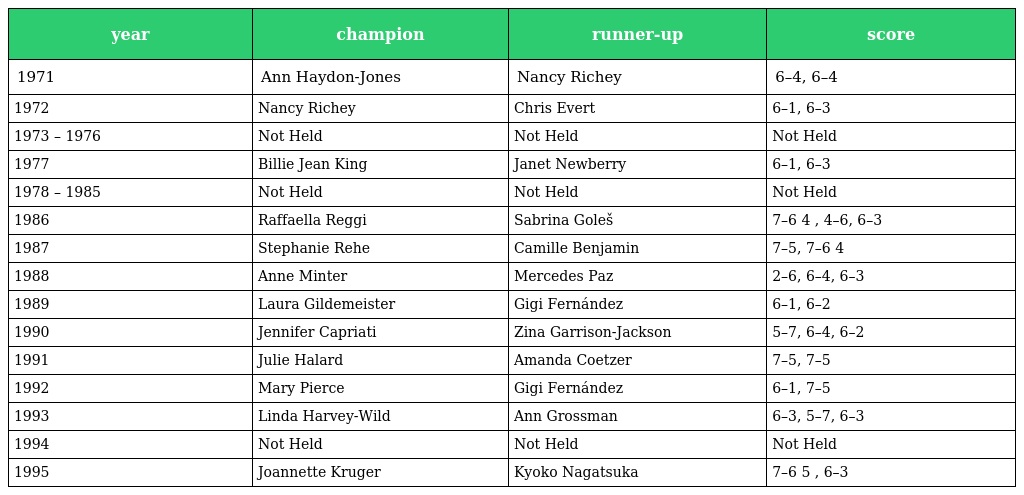
| year | champion | runner-up | score |
 | --- | --- | --- | --- |
 | 1971 | Ann Haydon-Jones | Nancy Richey | 6–4, 6–4 |
 | 1972 | Nancy Richey | Chris Evert | 6–1, 6–3 |
 | 1973 – 1976 | Not Held | Not Held | Not Held |
 | 1977 | Billie Jean King | Janet Newberry | 6–1, 6–3 |
 | 1978 – 1985 | Not Held | Not Held | Not Held |
 | 1986 | Raffaella Reggi | Sabrina Goleš | 7–6 4 , 4–6, 6–3 |
 | 1987 | Stephanie Rehe | Camille Benjamin | 7–5, 7–6 4 |
 | 1988 | Anne Minter | Mercedes Paz | 2–6, 6–4, 6–3 |
 | 1989 | Laura Gildemeister | Gigi Fernández | 6–1, 6–2 |
 | 1990 | Jennifer Capriati | Zina Garrison-Jackson | 5–7, 6–4, 6–2 |
 | 1991 | Julie Halard | Amanda Coetzer | 7–5, 7–5 |
 | 1992 | Mary Pierce | Gigi Fernández | 6–1, 7–5 |
 | 1993 | Linda Harvey-Wild | Ann Grossman | 6–3, 5–7, 6–3 |
 | 1994 | Not Held | Not Held | Not Held |
 | 1995 | Joannette Kruger | Kyoko Nagatsuka | 7–6 5 , 6–3 |